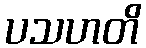
ပသဟတိ